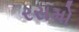
રસમો